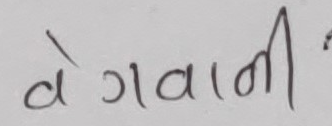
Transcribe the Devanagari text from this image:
वेगवानी